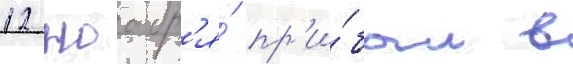
12 ноабр'я́ пр'и́был в